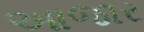
આજાર